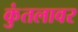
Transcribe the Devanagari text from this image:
कुंतलावर